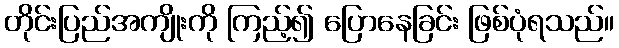
တိုင်းပြည်အကျိုးကို ကြည့်၍ ပြောနေခြင်း ဖြစ်ပုံရသည်။